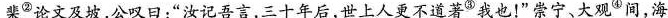
棐^{②}论文及坡，公叹曰：“汝记吾言，三十年后，世上人更不道著^{③}我也！”崇宁、大观^{④}间，海